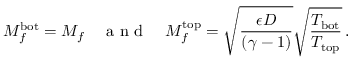
M _ { f } ^ { \mathrm { b o t } } = M _ { f } \quad \mathrm { ~ a ~ n ~ d ~ } \quad M _ { f } ^ { \mathrm { t o p } } = \sqrt { \frac { \epsilon D } { \left( \gamma - 1 \right) } } \sqrt { \frac { T _ { \mathrm { b o t } } } { T _ { \mathrm { t o p } } } } \, .